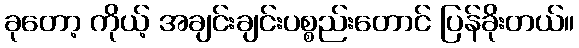
ခုတော့ ကိုယ့် အချင်းချင်းပစ္စည်းတောင် ပြန်ခိုးတယ်။